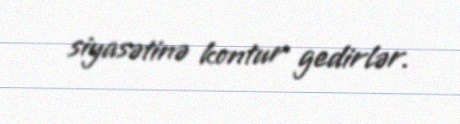
siyasətinə kontur gedirlər.